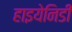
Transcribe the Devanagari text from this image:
हाइयेनिडी